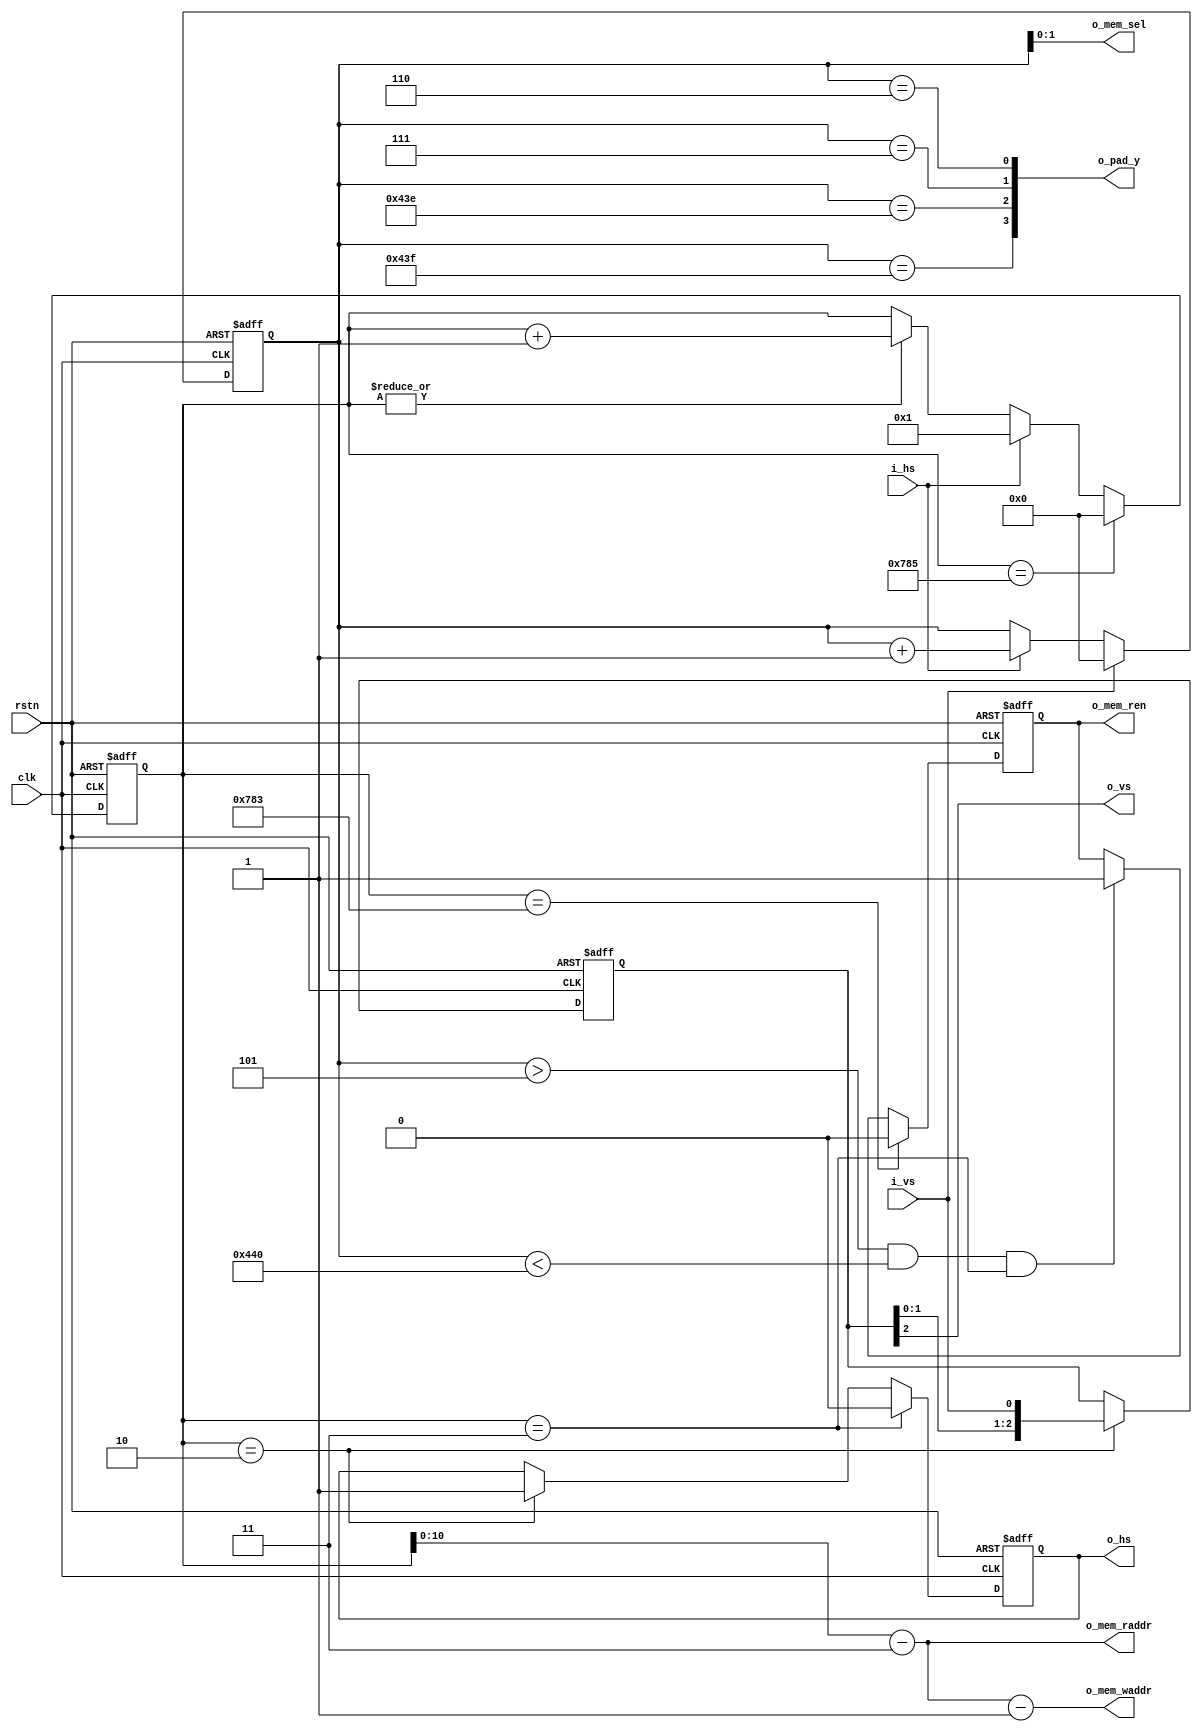
// ./list_rtl.f

module filter_control
#(
  parameter MEM_ADDR_WIDTH = 11,
  parameter PAD_SIZE       = 2 
)
(
  input                       clk          ,
  input                       rstn         ,
  input                       i_vs         ,
  input                       i_hs         ,
  output                      o_mem_ren    ,
  output [1:0]                o_mem_sel    ,
  output [MEM_ADDR_WIDTH-1:0] o_mem_waddr  ,
  output [MEM_ADDR_WIDTH-1:0] o_mem_raddr  ,
  output [PAD_SIZE*2-1:0]     o_pad_y      ,
  output                      o_vs         ,
  output                      o_hs         
);

  //=============================================================
  // Part 1. Define Parameters
  //=============================================================
  localparam
    CNT_V_SIZE = 12,
    VBP        = 3,
    VSY        = 3,
    VAC        = 1080,
    VFP        = 3,
    CNT_H_SIZE = 12,
    HBP        = 3,
    HSY        = 1,
    HFP        = 3,
    HAC        = 1920;
  localparam
    LINE_DLY  = 2,
    PIXEL_DLY = 2;

  //=============================================================
  // Part 2. Define counter
  //=============================================================
  reg [CNT_V_SIZE-1:0] r_cnt_v;
  always @(posedge clk, negedge rstn) begin
    if(!rstn)
      r_cnt_v <= 0;
    else if(i_vs)
      r_cnt_v <= 0;
    else if(i_hs)
      r_cnt_v <= r_cnt_v+1;
  end

  reg [CNT_H_SIZE-1:0] r_cnt_h;
  always @(posedge clk, negedge rstn) begin
    if(!rstn)
      r_cnt_h <= 'd0;
    else if(r_cnt_h == HBP+HAC+PIXEL_DLY)
      r_cnt_h <= 'd0;
    else if(i_hs)
      r_cnt_h <= 'd1;
    else if(|r_cnt_h)
      r_cnt_h <= r_cnt_h+1;
  end
  //=============================================================
  // Part 3. Define FSM
  //=============================================================
  reg [LINE_DLY:0] r_vs;
  always @(posedge clk, negedge rstn) begin
    if(!rstn)
      r_vs <= 'b0;
    else if(r_cnt_h == PIXEL_DLY)
      r_vs <= {r_vs[LINE_DLY-1:0], i_vs};
  end

  reg r_hs;
  always @(posedge clk, negedge rstn) begin
    if(!rstn)
      r_hs <= 1'b0;
    else if(r_cnt_h == PIXEL_DLY+HSY)
      r_hs <= 1'b0;
    else if(r_cnt_h == PIXEL_DLY    )
      r_hs <= 1'b1;
  end

  reg r_de;
  always @(posedge clk, negedge rstn) begin
    if(!rstn)
      r_de <= 1'b0;
    else if(r_cnt_h == HBP+HAC)
      r_de <= 1'b0;
    else if((r_cnt_v > (VBP+LINE_DLY)) & (r_cnt_v < (VBP+LINE_DLY+VAC+3)) & r_cnt_h == HBP)
      r_de <= 1'b1;
  end

  assign o_vs      = r_vs[LINE_DLY];
  assign o_hs      = r_hs;
  assign o_mem_ren = r_de; 
  //=============================================================
  // Part 4. Output Control
  //=============================================================
  assign o_mem_sel     = r_cnt_v[1:0];
  assign o_mem_raddr   = r_cnt_h[0+:MEM_ADDR_WIDTH] - HBP;
  assign o_mem_waddr   = o_mem_raddr - 1;

  reg [PAD_SIZE*2-1:0] r_pad_y;
  integer i;
  // generate
  always @(*) begin
    for(i=0; i<PAD_SIZE;i=i+1)
      r_pad_y[i] = r_cnt_v == (VBP+LINE_DLY+1+i);
    for(i=0; i<PAD_SIZE;i=i+1)
      r_pad_y[i+PAD_SIZE] = r_cnt_v == (VBP+LINE_DLY+VAC+1+i);
  end
  // endgenerate

  assign o_pad_y = r_pad_y;
  /* Before
  assign o_pad_ln_y[0] = r_cnt_v == (VBP+LINE_DLY+1);
  assign o_pad_ln_y[1] = r_cnt_v == (VBP+LINE_DLY+2);
  assign o_pad_ln_y[2] = r_cnt_v == (VBP+LINE_DLY+VAC+1);
  assign o_pad_ln_y[3] = r_cnt_v == (VBP+LINE_DLY+VAC+2);
  */
endmodule